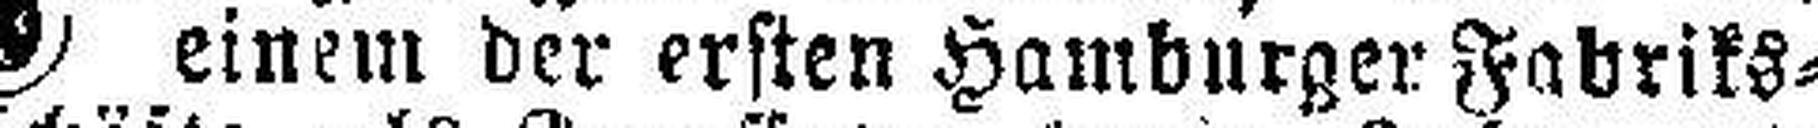
einem der ersten Hamburger Fabriks¬